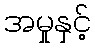
အမှုနှင့်